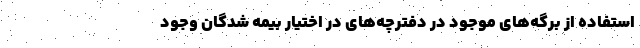
استفاده از برگه‌های موجود در دفترچه‌های در اختیار بیمه شدگان وجود